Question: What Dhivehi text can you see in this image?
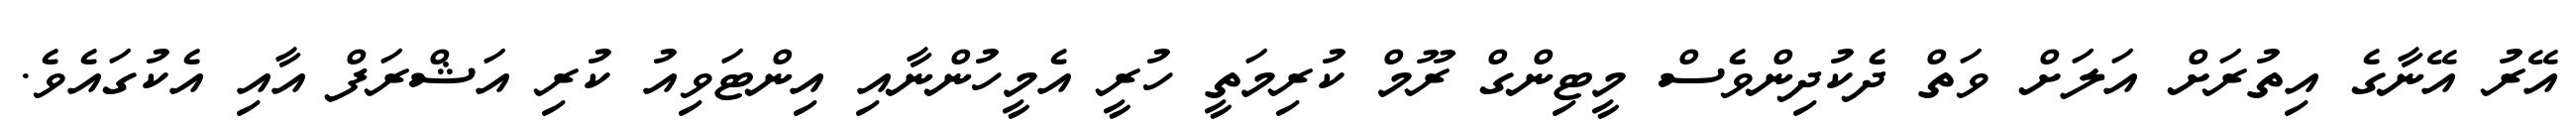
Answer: އޭރު އޭނާގެ އިތުރަށް އަލަށް ވަތް ދެކުދިންވެސް މީޓިންގް ރޫމް ކުރިމަތީ ހުރީ އެމީހުންނާއި އިންޓަވިއު ކުރި އަޝްރަފް އާއި އެކުގައެވެ.